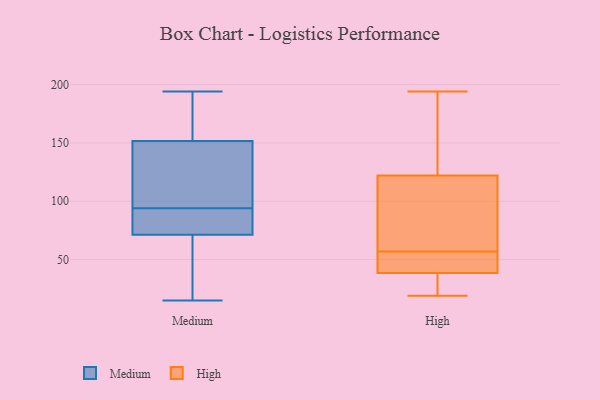
{"axis": {"x": "Gross Profit (USD K)", "y": "Value"}, "legend": ["High", "Medium"], "data": [{"x": "", "y": 95, "type": "Medium"}, {"x": "", "y": 106, "type": "Medium"}, {"x": "", "y": 80, "type": "Medium"}, {"x": "", "y": 194, "type": "Medium"}, {"x": "", "y": 94, "type": "Medium"}, {"x": "", "y": 167, "type": "Medium"}, {"x": "", "y": 70, "type": "Medium"}, {"x": "", "y": 29, "type": "Medium"}, {"x": "", "y": 75, "type": "Medium"}, {"x": "", "y": 178, "type": "Medium"}, {"x": "", "y": 15, "type": "Medium"}, {"x": "", "y": 40, "type": "High"}, {"x": "", "y": 70, "type": "High"}, {"x": "", "y": 72, "type": "High"}, {"x": "", "y": 173, "type": "High"}, {"x": "", "y": 56, "type": "High"}, {"x": "", "y": 38, "type": "High"}, {"x": "", "y": 31, "type": "High"}, {"x": "", "y": 194, "type": "High"}, {"x": "", "y": 142, "type": "High"}, {"x": "", "y": 30, "type": "High"}, {"x": "", "y": 57, "type": "High"}, {"x": "", "y": 56, "type": "High"}, {"x": "", "y": 92, "type": "High"}, {"x": "", "y": 19, "type": "High"}, {"x": "", "y": 132, "type": "High"}]}